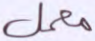
معمل